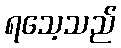
ရသေ့သည်